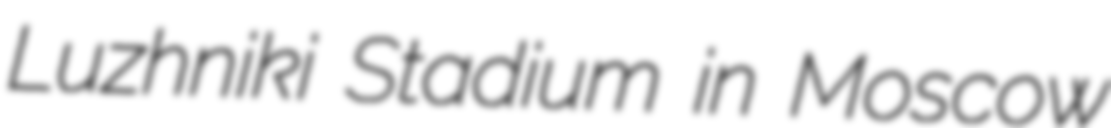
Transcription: Luzhniki Stadium in Moscow